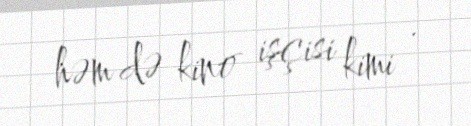
həm də kino işçisi kimi .